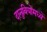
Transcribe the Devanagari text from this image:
दानुबियोमध्ये